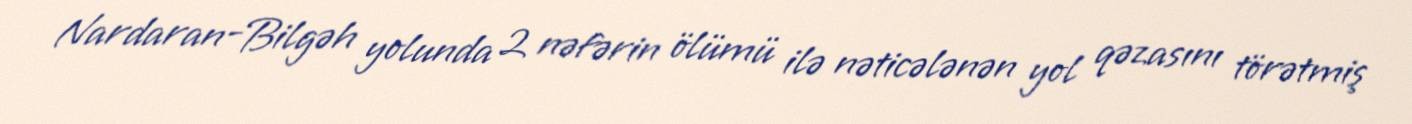
Nardaran-Bilgəh yolunda 2 nəfərin ölümü ilə nəticələnən yol qəzasını törətmiş